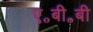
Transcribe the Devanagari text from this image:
ए॰बी॰बी